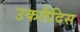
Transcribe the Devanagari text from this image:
उकलैदिस